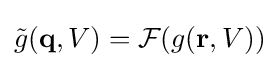
{\tilde {g}}(\mathbf {q} ,V)={\cal {F}}(g(\mathbf {r} ,V))